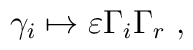
\gamma_i \mapsto \varepsilon \Gamma_i \Gamma_r~,